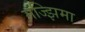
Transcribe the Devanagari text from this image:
मज्झिमा